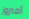
أمبروز